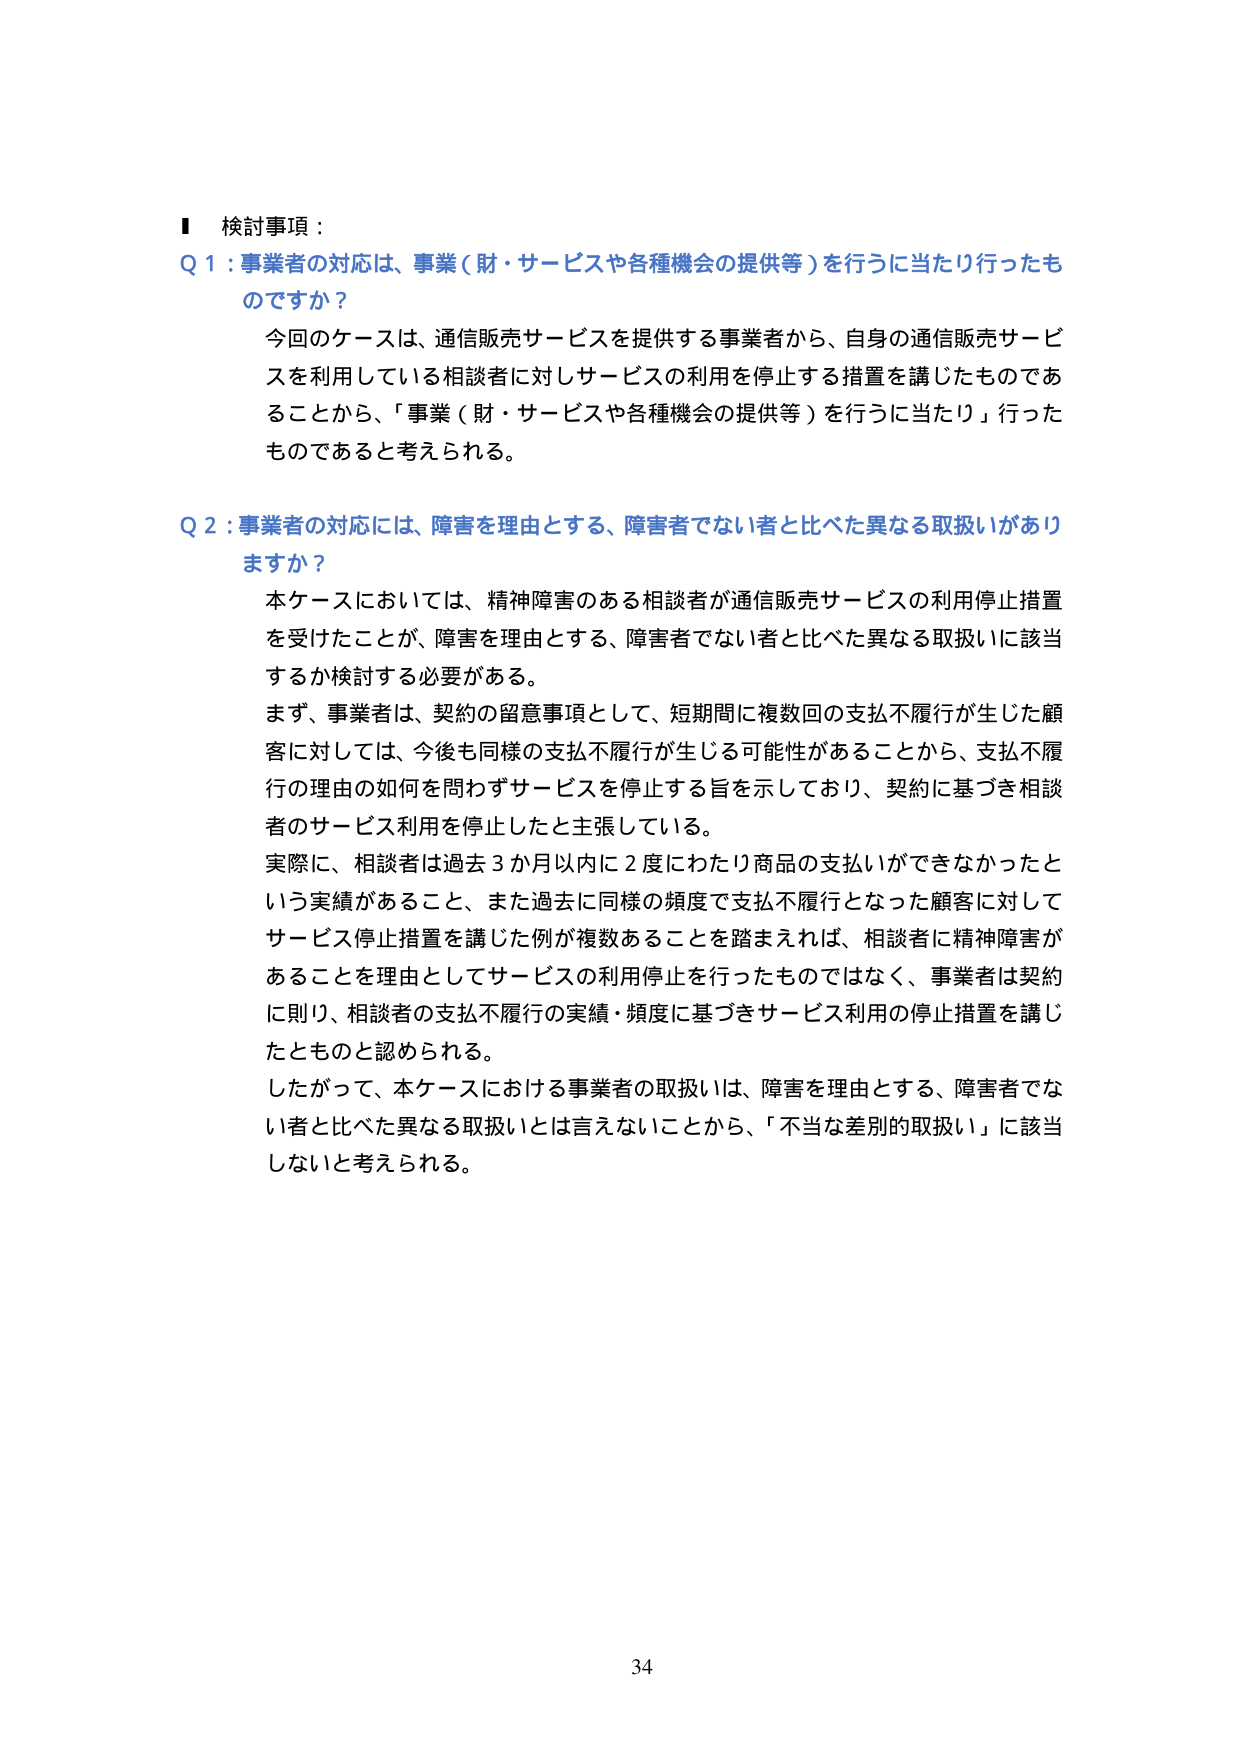
検討事項：

Q 1：事業者の対応は、事業（財・サービスや各種機会の提供等）を行うに当たり行ったものですか？

今回のケースは、通信販売サービスを提供する事業者から、自身の通信販売サービスを利用している相談者に対しサービスの利用を停止する措置を講じたものであることから、「事業（財・サービスや各種機会の提供等）を行うに当たり」行ったものであると考えられる。

Q 2：事業者の対応には、障害を理由とする、障害者でない者と比べた異なる取扱いがありますか？

本ケースにおいては、精神障害のある相談者が通信販売サービスの利用停止措置を受けたことが、障害を理由とする、障害者でない者と比べた異なる取扱いに該当するか検討する必要がある。

まず、事業者は、契約の留意事項として、短期間に複数回の支払不履行が生じた顧客に対しては、今後も同様の支払不履行が生じる可能性があることから、支払不履行の理由の如何を問わずサービスを停止する旨を示しており、契約に基づき相談者のサービス利用を停止したと主張している。

実際に、相談者は過去3か月以内に2度にわたり商品の支払いができなかったという実績があること、また過去に同様の頻度で支払不履行となった顧客に対してサービス停止措置を講じた例が複数あることを踏まえれば、相談者に精神障害があることを理由としてサービスの利用停止を行ったものではなく、事業者は契約に則り、相談者の支払不履行の実績・頻度に基づきサービス利用の停止措置を講じたものと認められる。

したがって、本ケースにおける事業者の取扱いは、障害を理由とする、障害者でない者と比べた異なる取扱いとは言えないことから、「不当な差別的取扱い」に該当しないと考えられる。

34